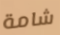
شامة